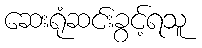
ဆေးရုံဆင်းခွင့်ရသူ